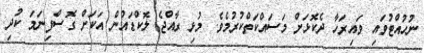
ނުހުއްޓުވައި ވައިރަހާ ދެކޮޅަށް މަސައްކަތްކުރުމެވެ. މުޅި ރާއްޖެ ލޮކްޑައުން އަކަށް ގޮސްފިނަމަ ކުދި